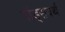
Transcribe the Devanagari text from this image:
वॉड्सवर्थ